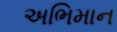
અભિમાન